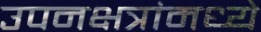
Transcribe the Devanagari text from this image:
उपनक्षत्रांमध्ये